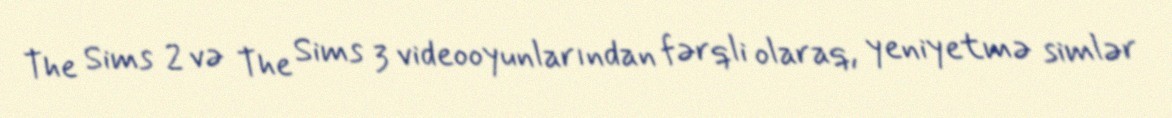
The Sims 2 və The Sims 3 videooyunlarından fərqli olaraq, yeniyetmə simlər